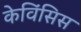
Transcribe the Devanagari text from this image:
केविंसिस